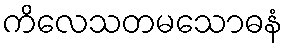
ကိလေသတမသောဓနံ